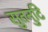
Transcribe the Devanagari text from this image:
सुतनुटि